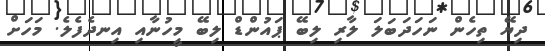
ދިޔޭ ތިހެން ނަހަދަބަލަ ލާރި ލިބޭ ޕައުންޑް ލިބޭ މީހުނާއި އިނދެފެލެ. މަހަަަށް